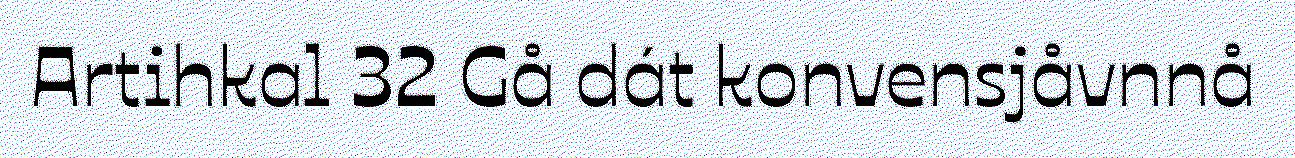
Artihkal 32 Gå dát konvensjåvnnå